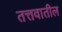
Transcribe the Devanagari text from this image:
तत्तवातील